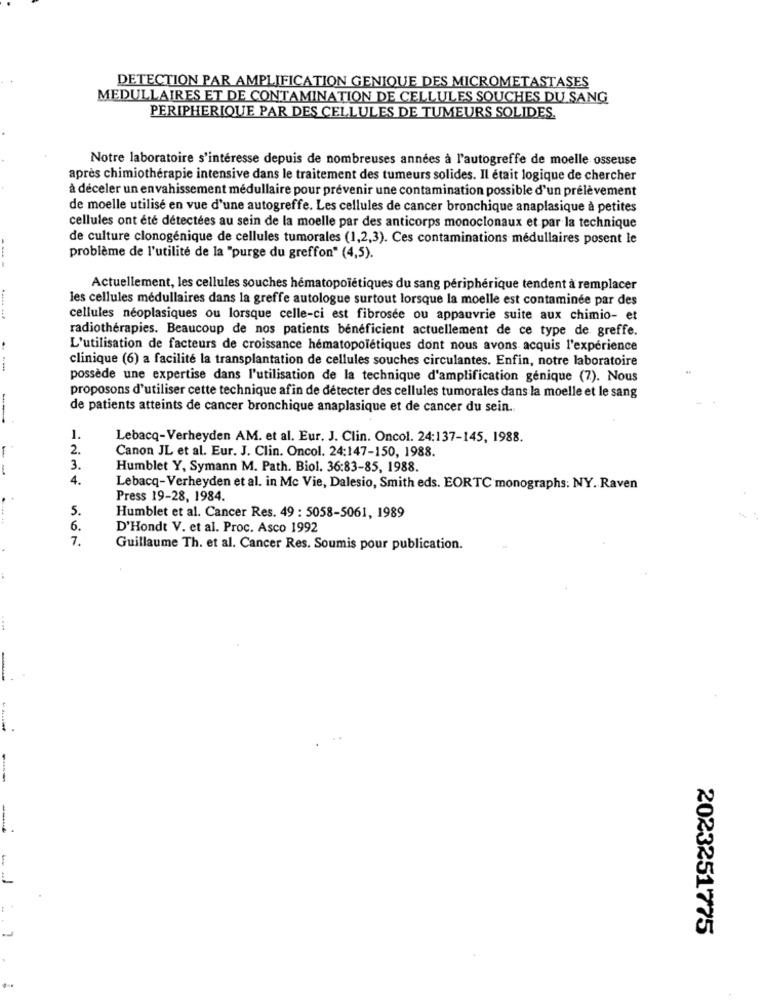
DETECTION PAR AMPLIFICATION GENIQUE DES MICROMETASTASES
MEDULLAIRES ET DE CONTAMINATION DE CELLULES SOUCHES DU SANG
PERIPHERIQUE PAR DES CELLULES DE TUMEURS SOLIDES.
Notre laboratoire s'intéresse depuis de nombreuses années à l'autogreffe de moelle osseuse
après chimiothérapie intensive dans le traitement des tumeurs solides. Il était logique de chercher
à déceler un envahissement médullaire pour prévenir une contamination possible d'un prélèvement
de moelle utilisé en vue d'une autogreffe. Les cellules de cancer bronchique anaplasique à petites
cellules ont été détectées au sein de la moelle par des anticorps monoclonaux et par la technique
de culture clonogénique de cellules tumorales (1,2,3). Ces contaminations médullaires posent le
problème de l'utilité de la "purge du greffon" (4,5).
Actuellement, les cellules souches hematopoiétiques du sang périphérique tendent à remplacer
les cellules médullaires dans la greffe autologue surtout lorsque la moelle est contaminée par des
cellules néoplasiques ou lorsque celle-ci est fibrosée ou appauvrie suite aux chimio- et
radiothérapies. Beaucoup de nos patients bénéficient actuellement de ce type de greffe.
L'utilisation de facteurs de croissance hématopolétiques dont nous avons acquis l'expérience
clinique (6) a facilité la transplantation de cellules souches circulantes. Enfin, notre laboratoire
possède une expertise dans l'utilisation de la technique d'amplification génique (7). Nous
proposons d'utiliser cette technique afin de détecter des cellules tumorales dans la moelle et le sang
de patients atteints de cancer bronchique anaplasique et de cancer du sein ..
1.
Lebacq-Verheyden AM. et al. Eur. J. Clin. Oncol. 24:137-145, 1988.
-
2.
Canon JL et al. Eur. J. Clin. Oncol. 24:147-150, 1988.
-
3.
Humblet Y, Symann M. Path. Biol. 36:83-85, 1988.
4.
Lebacq-Verheyden et al. in Mc Vie, Dalesio, Smith eds. EORTC monographs: NY. Raven
Press 19-28, 1984.
5.
Humblet et al. Cancer Res. 49 : 5058-5061, 1989
6.
D'Hondt V. et al. Proc. Asco 1992
7.
Guillaume Th. et al. Cancer Res. Soumis pour publication.
-
-
2023251775